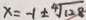
x = - 1 \pm \sqrt [ 4 ] { 1 2 8 }